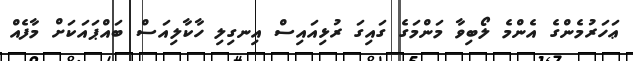
ޢަހަރުމެންގެ އެންމެ ލޯބިވާ މަންމަގެ ގައިގަ ރުޅިއައިސް އިނގިލި ހާކާލިއަސް ބައްޕައަކަށް މާފެއް